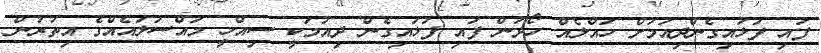
ފައި ފަޅައިގެންދިއުމަށް ހައްލެއް ހޯދުން ފައި ފަޅައިގެން ދިއުމަކީ ސިއްހީ މައްސަލައެއްގެ އިތުރުން